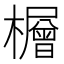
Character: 𪴕